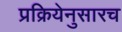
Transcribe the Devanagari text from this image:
प्रक्रियेनुसारच